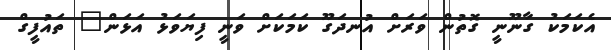
އެކަމަކު ގާނޫނީ ގޮތުން ވަރަށް އުނދަގޫ ކަމަކަށް ވަނީ ފިޔަވަޅު އަޅަން" ތައުފީގް